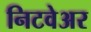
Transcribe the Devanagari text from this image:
निटवेअर